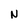
Character: N